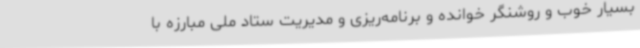
بسیار خوب و روشنگر خوانده و برنامه‌ریزی و مدیریت ستاد ملی مبارزه با